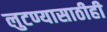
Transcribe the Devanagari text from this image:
लुटण्यासाठीही